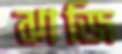
ঝাজি